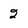
Character: 2